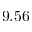
9 . 5 6